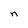
Character: n